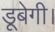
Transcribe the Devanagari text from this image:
डूबेगी।